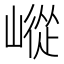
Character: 嵷